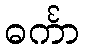
ဓင်္ကာ